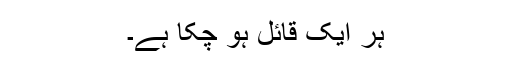
ہر ایک قائل ہو چکا ہے۔